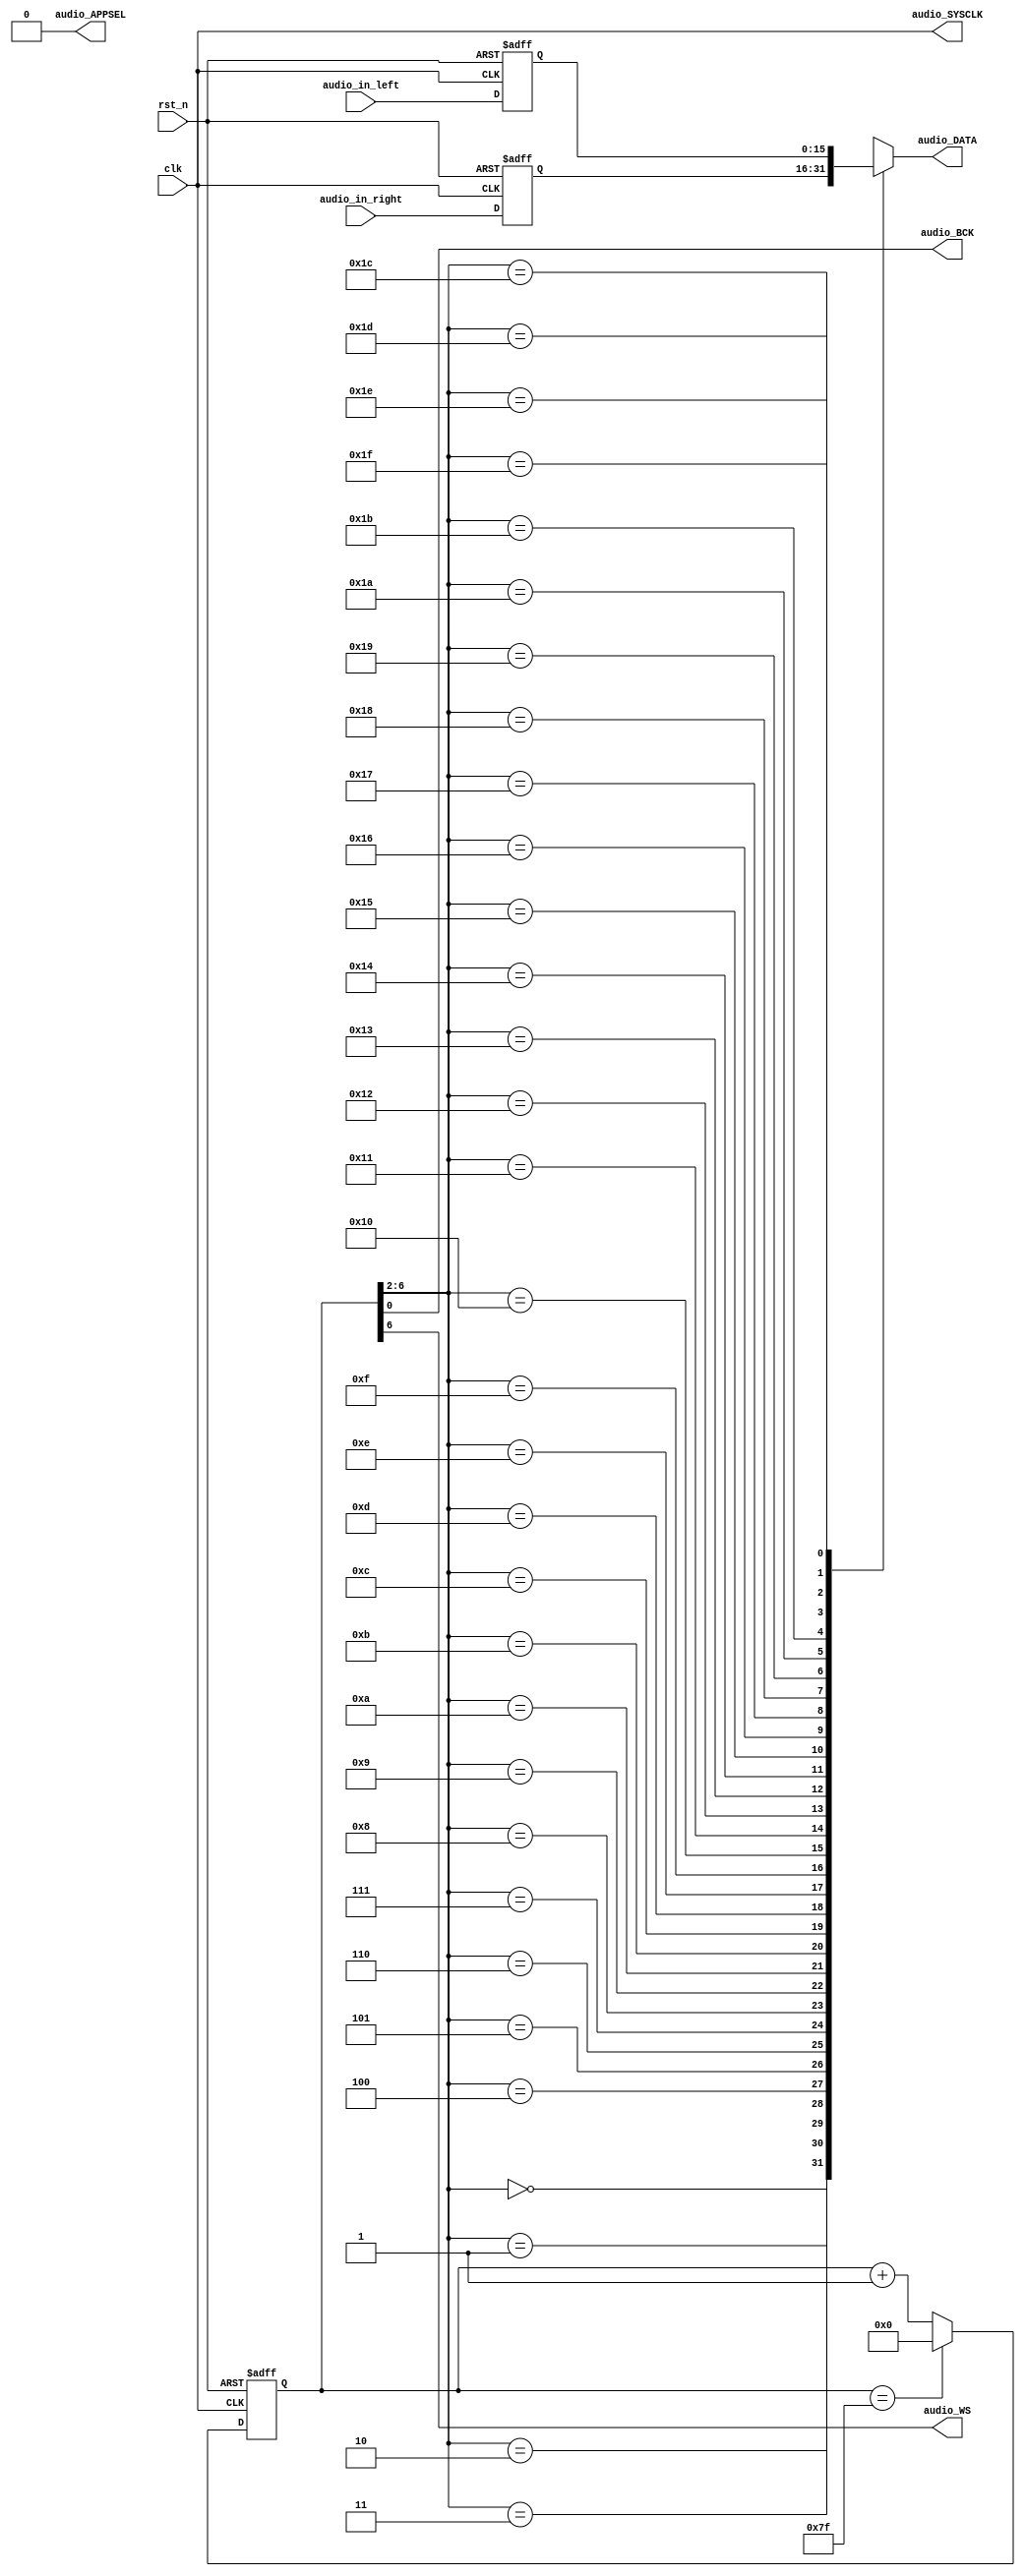
module buzzer_control (
	input wire rst_n,
	input wire clk,
	input wire [15:0] audio_in_left,
	input wire [15:0] audio_in_right,
	output wire audio_APPSEL,
	output wire audio_SYSCLK,
	output wire audio_BCK,
	output wire audio_WS,
	output reg audio_DATA
);
	reg [6:0] clk_cnt;
	reg [6:0] clk_cnt_next;
	reg [15:0] audio_left;
	reg [15:0] audio_right;
	assign audio_APPSEL = 0;
	assign audio_SYSCLK = clk;
	assign audio_BCK = clk_cnt[0];
	assign audio_WS = clk_cnt[6];

	always @(posedge clk or negedge rst_n) begin
		if (~rst_n) begin
			clk_cnt = 7'd0;
			audio_left = 16'd0;
			audio_right = 16'd0;
		end
		else begin
			clk_cnt = clk_cnt_next;
			audio_left = audio_in_left;
			audio_right = audio_in_right;
		end
	end
	always @(*) begin
		if (clk_cnt == 7'b1111111)
			clk_cnt_next = 7'd0;
		else
			clk_cnt_next = clk_cnt + 1'b1;
	end
	always @(*) begin
		case (clk_cnt[6:2])
			5'b00000: audio_DATA = audio_right[15];
			5'b00001: audio_DATA = audio_right[14];
			5'b00010: audio_DATA = audio_right[13];
			5'b00011: audio_DATA = audio_right[12];
			5'b00100: audio_DATA = audio_right[11];
			5'b00101: audio_DATA = audio_right[10];
			5'b00110: audio_DATA = audio_right[9];
			5'b00111: audio_DATA = audio_right[8];
			5'b01000: audio_DATA = audio_right[7];
			5'b01001: audio_DATA = audio_right[6];
			5'b01010: audio_DATA = audio_right[5];
			5'b01011: audio_DATA = audio_right[4];
			5'b01100: audio_DATA = audio_right[3];
			5'b01101: audio_DATA = audio_right[2];
			5'b01110: audio_DATA = audio_right[1];
			5'b01111: audio_DATA = audio_right[0];
			5'b10000: audio_DATA = audio_left[15];
			5'b10001: audio_DATA = audio_left[14];
			5'b10010: audio_DATA = audio_left[13];
			5'b10011: audio_DATA = audio_left[12];
			5'b10100: audio_DATA = audio_left[11];
			5'b10101: audio_DATA = audio_left[10];
			5'b10110: audio_DATA = audio_left[9];
			5'b10111: audio_DATA = audio_left[8];
			5'b11000: audio_DATA = audio_left[7];
			5'b11001: audio_DATA = audio_left[6];
			5'b11010: audio_DATA = audio_left[5];
			5'b11011: audio_DATA = audio_left[4];
			5'b11100: audio_DATA = audio_left[3];
			5'b11101: audio_DATA = audio_left[2];
			5'b11110: audio_DATA = audio_left[1];
			5'b11111: audio_DATA = audio_left[0];

		endcase
	end

endmodule